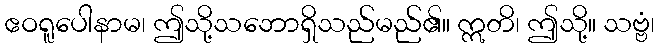
ဧဝရူပေါနာမ၊ ဤသို့သဘောရှိသည်မည်၏။ ဣတိ၊ ဤသို့။ သဗ္ဗံ၊